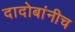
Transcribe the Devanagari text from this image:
दादोबांनीच